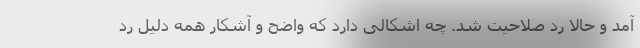
آمد و حالا رد صلاحیت شد. چه اشکالی دارد که واضح و آشکار همه دلیل رد